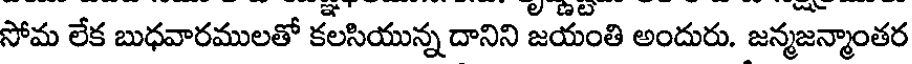
సోమ లేక బుధవారములతో కలసియున్న దానిని జయంతి అందురు. జన్మజన్మాంతర